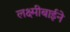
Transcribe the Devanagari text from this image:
लक्ष्मीबाईने